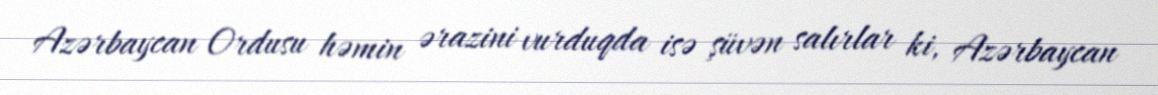
Azərbaycan Ordusu həmin ərazini vurduqda isə şüvən salırlar ki, Azərbaycan